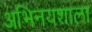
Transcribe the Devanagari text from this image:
अभिनयशाला